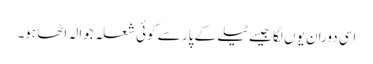
اسی دوران یوں لگا جیسے ٹیلے کے پار سے کوئی شعلہ جوالہ اٹھا ہو۔